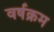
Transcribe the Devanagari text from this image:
वर्षक्रम